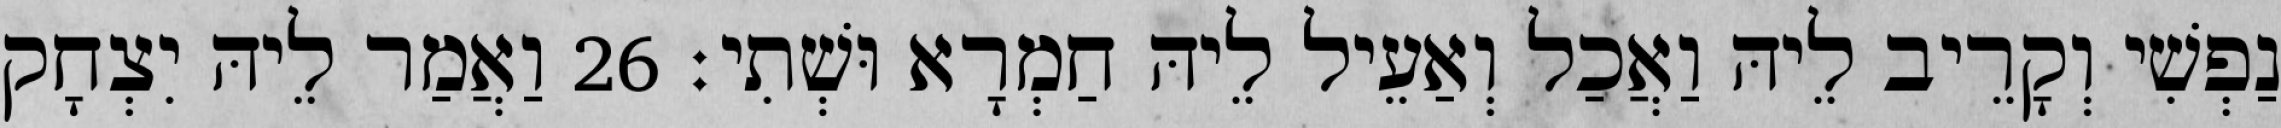
נַפְשִׁי וְקָרֵיב לֵיהּ וַאֲכַל וְאַעֵיל לֵיהּ חַמְרָא וּשְׁתִי׃ 26 וַאֲמַר לֵיהּ יִצְחָק